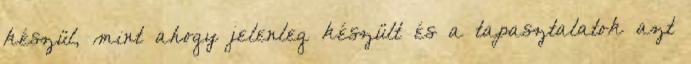
készül, mint ahogy jelenleg készült és a tapasztalatok azt